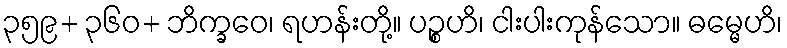
၃၅၉+ ၃၆၀+ ဘိက္ခဝေ၊ ရဟန်းတို့။ ပဉ္စဟိ၊ ငါးပါးကုန်သော။ ဓမ္မေဟိ၊